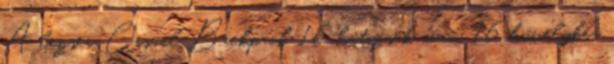
A lezser Casual Backpack 16 hátizsák max. 16 hüvelykes